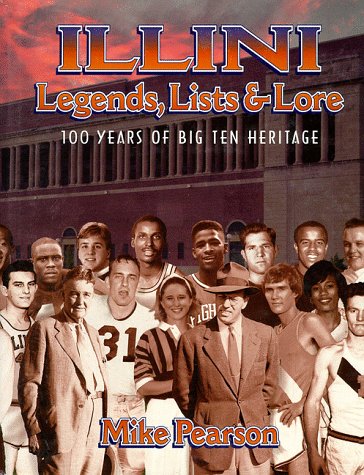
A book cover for Illini Legends, Lists & Lore: 100 Years of Big Ten Heritage; Mike Pearson; Sports & Outdoors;